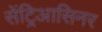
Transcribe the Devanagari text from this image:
सेंट्रिआसिनर